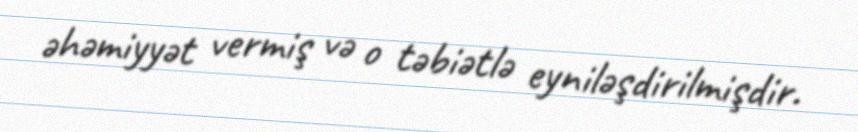
əhəmiyyət vermiş və o təbiətlə eyniləşdirilmişdir.